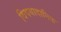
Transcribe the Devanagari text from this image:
विषयादानिक